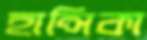
হান্সিকা